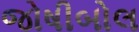
જોષીબોલ